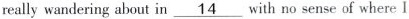
really wandering about in \underline{14} with no sense of where l